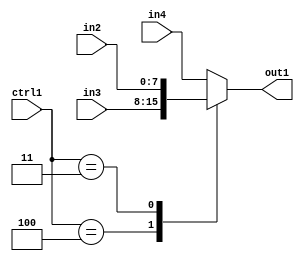
`timescale 1ps / 1ps
/*****************************************************************************
    Verilog RTL Description
    
    
    Created by: Stratus DpOpt 2019.1.01 
*******************************************************************************/

module dut_N_Mux_8_3_8_1 (
	in4,
	in3,
	in2,
	ctrl1,
	out1
	); /* architecture "behavioural" */ 
input [7:0] in4,
	in3,
	in2;
input [2:0] ctrl1;
output [7:0] out1;
wire [7:0] asc001;

reg [7:0] asc001_tmp_0;
assign asc001 = asc001_tmp_0;
always @ (ctrl1 or in3 or in2 or in4) begin
	casez (ctrl1)
		3'B100 : asc001_tmp_0 = in3 ;
		3'B011 : asc001_tmp_0 = in2 ;
		default : asc001_tmp_0 = in4 ;
	endcase
end

assign out1 = asc001;
endmodule

/* CADENCE  uLj5Sgo= : u9/ySgnWtBlWxVPRXgAZ4Og= ** DO NOT EDIT THIS LINE ******/